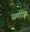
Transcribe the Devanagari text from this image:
समाप्‍ति